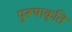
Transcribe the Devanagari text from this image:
पुरूषाकृति